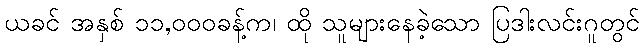
ယခင် အနှစ် ၁၁,၀၀၀ခန့်က၊ ထို သူများနေခဲ့သော ပြဒါးလင်းဂူတွင်